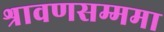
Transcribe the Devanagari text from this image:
श्रावणसम्ममा